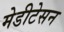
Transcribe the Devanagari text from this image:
मेडीटेसन